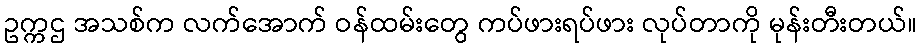
ဥက္ကဌ အသစ်က လက်အောက် ဝန်ထမ်းတွေ ကပ်ဖားရပ်ဖား လုပ်တာကို မုန်းတီးတယ်။